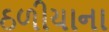
ઠળીયાના